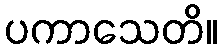
ပကာသေတိ။